system: You are a helpful assistant.
user:
Analyze the provided spectrum to determine if it is a **"Cataclysmic Variables (CV)"**.

- **Key Indicators for CV (Check for either state):**
    - **State 1: Quiescent / Low-State (Emission-Dominated)**
        - **(Primary):** Strong and *very broad* Hydrogen Balmer emission lines (e.g., $H\alpha$ at 6563 Å, $H\beta$ at 4861 Å). The 'broadness' (high velocity dispersion, often FWHM > 1000 km/s) is the key diagnostic, indicating a high-velocity accretion disk.
        - **(Secondary):** Broad neutral Helium (He I) emission lines (e.g., 5876 Å, 6678 Å).
        - **(Key Confirmation):** Presence of high-excitation *ionized* Helium (He II) emission at 4686 Å. This is a strong indicator of accretion onto a white dwarf.
        - **(Line Profile):** Emission lines may exhibit a 'double-peaked' profile, which is a classic signature of a rotating accretion disk viewed at high inclination.

    - **State 2: Outburst / High-State (Absorption-Dominated)**
        - **(Primary):** Spectrum is dominated by a bright, blue continuum (looks like a hot star).
        - **(Secondary):** The emission lines from State 1 are weak, absent, or 'filled in', and are replaced by broad, shallow *absorption* lines (primarily Balmer and He I).
        - **(Morphology):** The overall spectrum mimics a hot B/A-type star. The crucial difference is that the absorption lines are significantly broader, shallower, and more 'washed-out' (or 'smeared') than the sharp lines of a normal stellar photosphere, due to high rotational speeds and pressure broadening in the disk.

Think first, call **spectral_visualization_tool** if needed to examine features in detail, then provide your final answer. Your response must adhere to the following strict rules:
1.  **Overall Structure:** Your response must follow the format `<think>...</think> <tool_call>...</tool_call> (if a tool is used) <answer>...</answer>`.
2.  **Tool Usage Constraint:** You may only make **one** tool call per turn.
3.  **Final Answer Format:** In the `<answer>` tag, your conclusion must be inside a `\boxed{}` command (e.g., `\boxed{YES}`), followed by your justification.

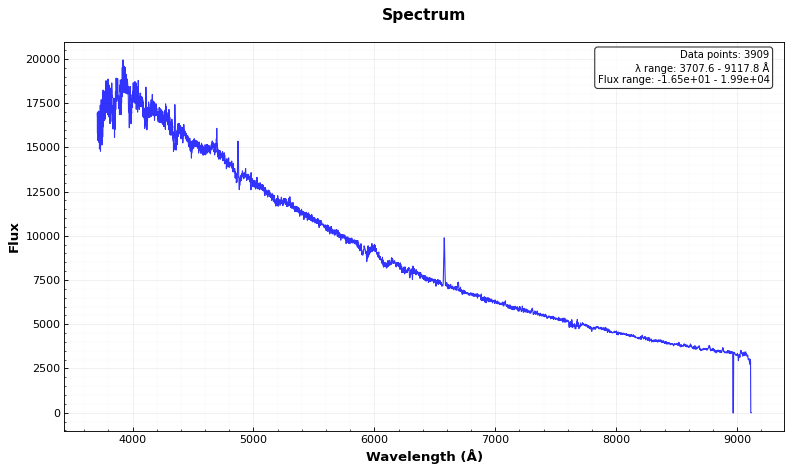
Answer: YES